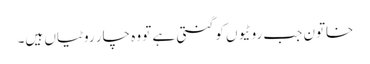
خاتون جب روٹیوں کو گنتی ہے تو وہ چار روٹیاں ہیں۔